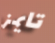
تايمز